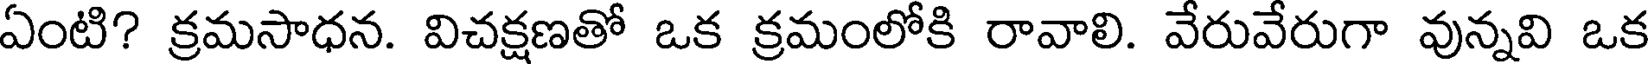
ఏంటి? క్రమసాధన. విచక్షణతో ఒక క్రమంలోకి రావాలి. వేరువేరుగా వున్నవి ఒక